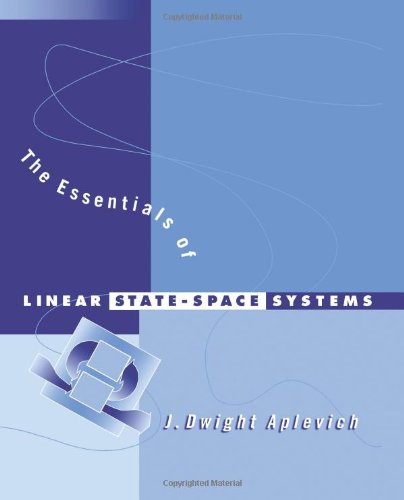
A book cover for The Essentials of Linear State-Space Systems; J. Dwight Aplevich; Science & Math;